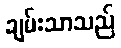
ချမ်းသာသည်